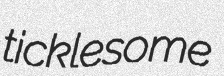
ticklesome